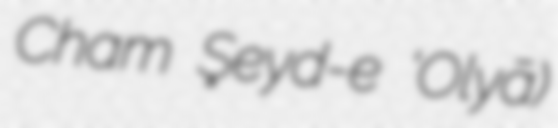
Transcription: Cham Şeyd-e ‘Olyā)